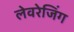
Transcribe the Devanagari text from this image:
लेवरेजिंग